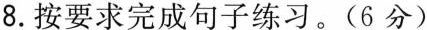
8.按要求完成句子练习。(6分)